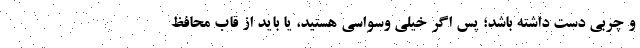
و چربی دست داشته باشد؛ پس اگر خیلی وسواسی هستید، یا باید از قاب محافظ